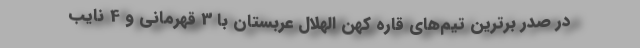
در صدر برترین تیم‌های قاره کهن الهلال عربستان با 3 قهرمانی و 4 نایب